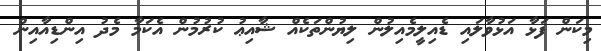
މިކަން ފަޅާ އަޅުވާލައި ޑެއިލީމެއިލުން ލިޔުންތަކެއް ޝާއިޢު ކުރުމުން އެކަމާ މެދު އިންޑިއާއިން